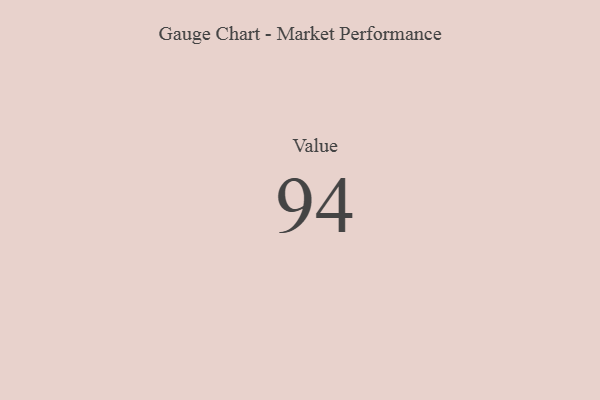
{"axis": {"x": "Metric", "y": "Value"}, "legend": [""], "data": [{"x": "Value", "y": 94, "type": ""}]}